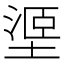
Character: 𱗧